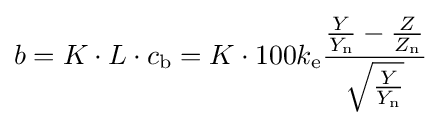
b=K\cdot L\cdot c_{\mathrm {b} }=K\cdot 100k_{\mathrm {e} }{\frac {{\frac {Y}{Y_{\mathrm {n} }}}-{\frac {Z}{Z_{\mathrm {n} }}}}{\sqrt {\frac {Y}{Y_{\mathrm {n} }}}}}